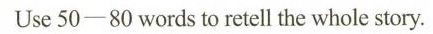
Use 50-80 words to retell the whole story.